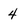
Character: 4